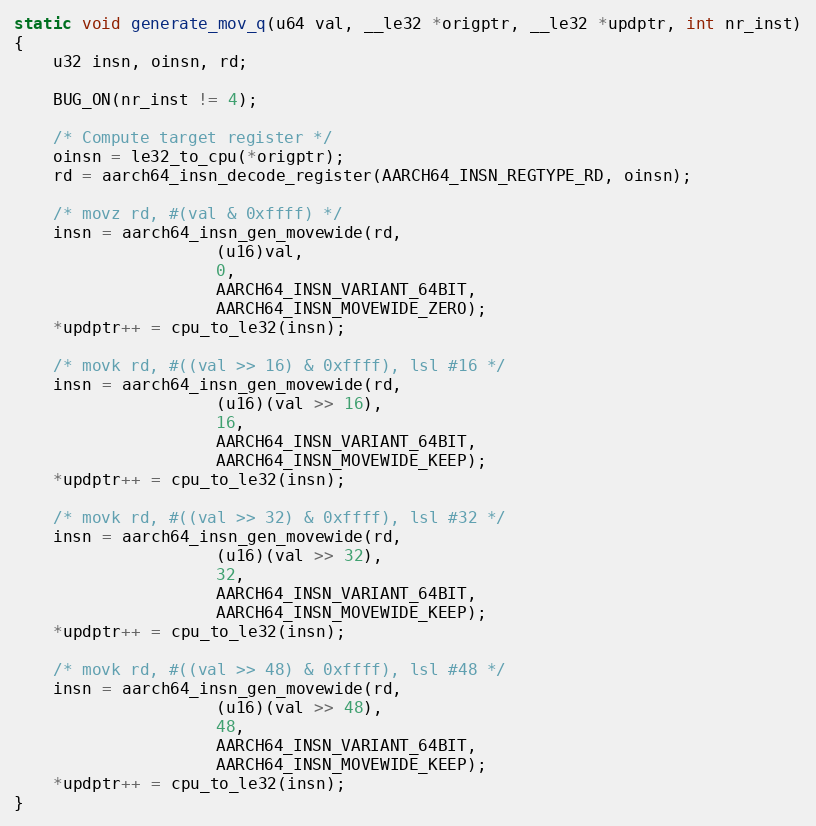
Language: C
static void generate_mov_q(u64 val, __le32 *origptr, __le32 *updptr, int nr_inst)
{
	u32 insn, oinsn, rd;

	BUG_ON(nr_inst != 4);

	/* Compute target register */
	oinsn = le32_to_cpu(*origptr);
	rd = aarch64_insn_decode_register(AARCH64_INSN_REGTYPE_RD, oinsn);

	/* movz rd, #(val & 0xffff) */
	insn = aarch64_insn_gen_movewide(rd,
					 (u16)val,
					 0,
					 AARCH64_INSN_VARIANT_64BIT,
					 AARCH64_INSN_MOVEWIDE_ZERO);
	*updptr++ = cpu_to_le32(insn);

	/* movk rd, #((val >> 16) & 0xffff), lsl #16 */
	insn = aarch64_insn_gen_movewide(rd,
					 (u16)(val >> 16),
					 16,
					 AARCH64_INSN_VARIANT_64BIT,
					 AARCH64_INSN_MOVEWIDE_KEEP);
	*updptr++ = cpu_to_le32(insn);

	/* movk rd, #((val >> 32) & 0xffff), lsl #32 */
	insn = aarch64_insn_gen_movewide(rd,
					 (u16)(val >> 32),
					 32,
					 AARCH64_INSN_VARIANT_64BIT,
					 AARCH64_INSN_MOVEWIDE_KEEP);
	*updptr++ = cpu_to_le32(insn);

	/* movk rd, #((val >> 48) & 0xffff), lsl #48 */
	insn = aarch64_insn_gen_movewide(rd,
					 (u16)(val >> 48),
					 48,
					 AARCH64_INSN_VARIANT_64BIT,
					 AARCH64_INSN_MOVEWIDE_KEEP);
	*updptr++ = cpu_to_le32(insn);
}